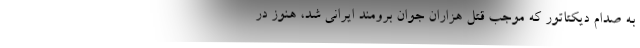
به صدام دیکتاتور که موجب قتل هزاران جوان برومند ایرانی شد، هنوز در